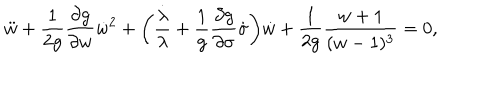
{ \ddot { w } } + \frac { 1 } { 2 g } \frac { \partial g } { \partial w } { \dot { w } } ^ { 2 } + \biggl ( \frac { \dot { \lambda } } { \lambda } + \frac { 1 } { g } \frac { \partial g } { \partial \sigma } \dot { \sigma } \biggr ) \dot { w } + \frac { 1 } { 2 g } \frac { w + 1 } { ( w - 1 ) ^ { 3 } } = 0 ,